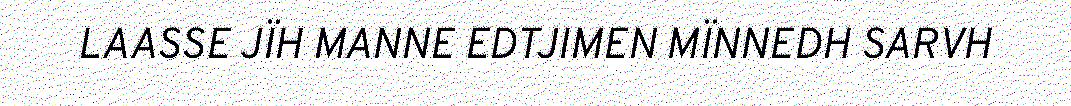
LAASSE JÏH MANNE EDTJIMEN MÏNNEDH SARVH